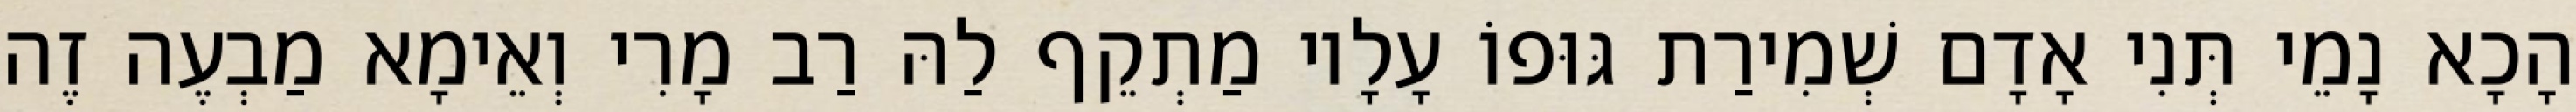
הָכָא נָמֵי תְּנִי אָדָם שְׁמִירַת גּוּפוֹ עָלָיו מַתְקֵף לַהּ רַב מָרִי וְאֵימָא מַבְעֶה זֶה